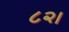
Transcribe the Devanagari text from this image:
८२।